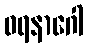
ဝရနာဂေါ